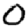
Digit: 0